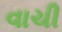
વાચી